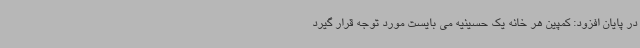
در پایان افزود: کمپین هر خانه یک حسینیه می بایست مورد توجه قرار گیرد